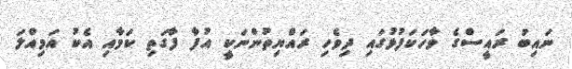
ނައިބު ރައީސްގެ ވާހަކަފުޅުގައި ދިވެހި ރައްޔިތުންނަކީ އުފާ ފާގަތި ކަމާއި އެކު އަމިއްލަ